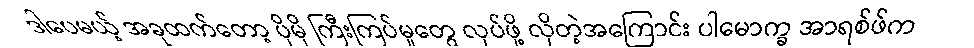
ဒါပေမယ့် အခုထက်တော့ ပိုမို ကြီးကြပ်မှုတွေ လုပ်ဖို့ လိုတဲ့အကြောင်း ပါမောက္ခ အာရစ်ဖ်က